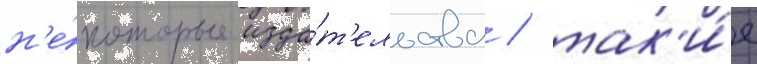
н'е́которые изда́т'ельства / так'и́е